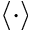
\left< \cdot \right>